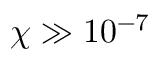
\chi \gg 1 0 ^ { - 7 }